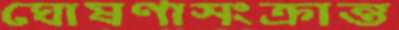
ঘোষণাসংক্রান্ত